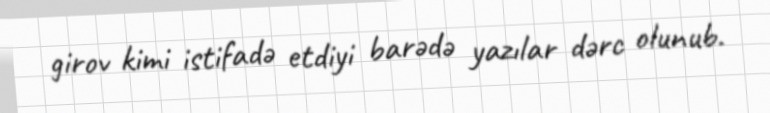
girov kimi istifadə etdiyi barədə yazılar dərc olunub.